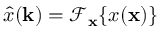
\hat { x } ( \mathbf { k } ) = \mathcal { F } _ { \mathbf { x } } \{ x ( \mathbf { x } ) \}